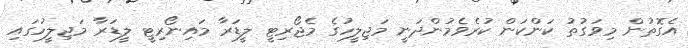
އެގޮތުން މިވަގުތު ކަންކަން ކުރެވެމުންދަނީ މަޖިލީހުގެ މެޖޯރިޓީ ލީޑަރާ މައިނޯރިޓީ ލީޑަރާ މަޖިލީހުގައި